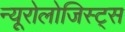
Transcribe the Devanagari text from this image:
न्यूरोलोजिस्ट्स